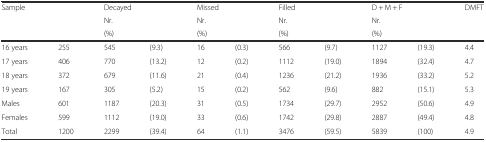
| <ROWSPAN=3-COLSPAN=2> Sample | <COLSPAN=2> Decayed | <COLSPAN=2> Missed | <COLSPAN=2> Filled | <COLSPAN=2> D + M + F | <ROWSPAN=3> DMFT |
 | <COLSPAN=2> Nr. | <COLSPAN=2> Nr. | <COLSPAN=2> Nr. | <COLSPAN=2> Nr. |
 | <COLSPAN=2> (%) | <COLSPAN=2> (%) | <COLSPAN=2> (%) | <COLSPAN=2> (%) |
 | --- | --- | --- | --- | --- | --- | --- | --- | --- | --- | --- |
 | 16 years | 255 | 545 | (9.3) | 16 | (0.3) | 566 | (9.7) | 1127 | (19.3) | 4.4 |
 | 17 years | 406 | 770 | (13.2) | 12 | (0.2) | 1112 | (19.0) | 1894 | (32.4) | 4.7 |
 | 18 years | 372 | 679 | (11.6) | 21 | (0.4) | 1236 | (21.2) | 1936 | (33.2) | 5.2 |
 | 19 years | 167 | 305 | (5.2) | 15 | (0.2) | 562 | (9.6) | 882 | (15.1) | 5.3 |
 | Males | 601 | 1187 | (20.3) | 31 | (0.5) | 1734 | (29.7) | 2952 | (50.6) | 4.9 |
 | Females | 599 | 1112 | (19.0) | 33 | (0.6) | 1742 | (29.8) | 2887 | (49.4) | 4.8 |
 | Total | 1200 | 2299 | (39.4) | 64 | (1.1) | 3476 | (59.5) | 5839 | (100) | 4.9 |